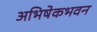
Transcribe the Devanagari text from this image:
अभिषेकभवन